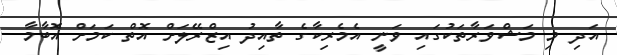
އަދި މި މަޝްވަރާތަކުގައި ވަނީ އެމެރިކާގެ ތާއިދު އިޒްރޭލަށް އޮތް ކަމަށް އޮބާމާ